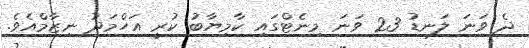
ދެ ވަނަ ލަނޑު 23 ވަނަ މިނެޓްގައި ކާމިޔާބު ކުރީ އަހްމަދު ނިޒާމްއެވެ.